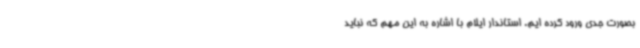
بصورت جدی ورود کرده ایم. استاندار ایلام با اشاره به این مهم که نباید